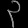
Digit: ၃